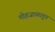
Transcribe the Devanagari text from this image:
मोहजाळातून